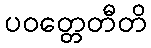
ပဝတ္တေတီတိ